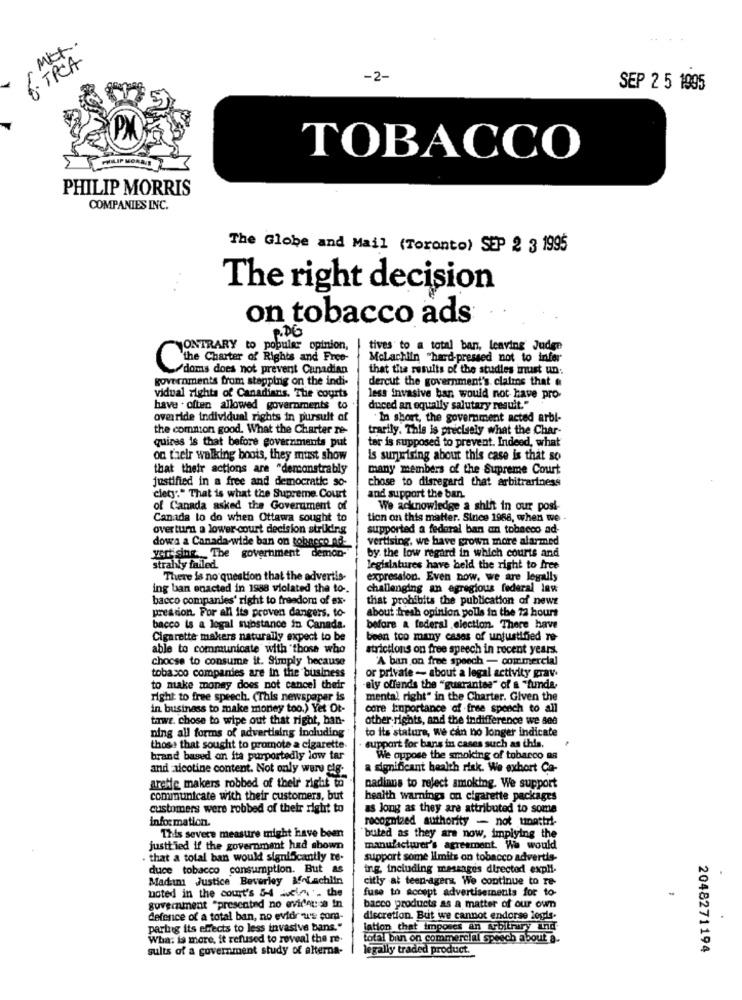
. .
Met.
· TPCA
-2-
SEP 2 5 1995
TOBACCO
5
PHILIP MORRIS
COMPANIES INC.
The Globe and Mail (Toronto) SEP 2 3 1995
The right decision
on tobacco ads
P.D6
JONTRARY to popular opinion,
tives to a total ban, leaving Judge
Malachiin "hard-pressed not to infer
the Charter of Rights and Free-
doms does not prevent Cunadian
that the results of the studies must un:
governments from stapping on the indi-
dercut the government's claims that &
vidual rights of Canadians. The courts
less invasive bar, would not have pro-
have . often allowed governments to
duced an equally salutary result."
override individual rights in pursuit of
In short, the government acted arbl-
the common good. What the Charter re-
trarily. This is precisely what the Char-
ter is supposed to prevent. Indeed, what
quires is that before governments put
on their walking boots, they must show
is surprising about this case is that so
that their actions are "demonstrably
many members of the Supreme Court
justified in a free and democratic so-
chose to disregard that arbitrariness
clety:" That is what the Supreme Court
and support the ban.
of Canada asked the Government of
We acknowledge a shift in our posi-
Canada to do when Ottawa sought to
tion on this matter. Since 1988, when we .
overturn a lower court decision strikding
supported a federal ban an tobacco ad-
dowa a Canada-wide ban on tobacco nd-
vertising, we have grown more alarmed
yer sing.The government demon-
by. the low regard in which courts and
strably failed.
legislatures have held the right to free
There is no question that the advertis-
expression. Even now, we are legally
ing ban enacted in 1988 violated the to-
challenging an egregious federal law
bacco companies' right to freedom of ex-
that prohibits the publication of newe
pression. For all its proven dangers, to
about fresh opinion polls in the 72 hours
bacco is a logal substance in Canada.
before a federal election. There have
Cigarette makers naturally expect to be
been too many cases of unjustified re-
able to communicate with those who
strictions on free speech in recent years.
"A ban on free spooch - commercial
chocse to consume it. Simply because
tobacco companies are in the business
or private - about a legal activity grav.
to make money does not cancel their
ely offends the "guarantee" of a "funda,
right to free speech. (This newspaper is
mental right" in the Charter. Given the
in business to make money too.) Yet Ot-
core Importance of free sponch to all
tarwe. chose to wipe out that right, ban-
other rights, and the indifference we see
to its stature, we can no longer indicate
ning all forms of advertising including
those that sought to promote a cigarette.
support for bans in cases such as this.
brand based on ita purportedly low tar
We oppose the smoking of tobacco as
and :nicotine content. Not only wars cle-
a significant health risk. We exhort Ca-
arete makers robbed of their right to
nadinns to reject smoking. We support
communicate with their customers, but
health warnings on cigarette packages
customers were robbed of their right to
as long as they are attributed to some
information.
recognized authority - not unattri-
This severe measure might have been
buted as they are now, implying the
justtied if the government had abown
manufacturer's agreement. We would
that a total ban would significantly te-
support some limits on tobacco advertis-
duce tobacco consumption. But as
ing. including messages directed expli-
Madını Justice Beverley Malachiin
citty at teen-agers. We continue to re-
fuse to accept advertisements for to-
-
noted in the count's 5-4 juin - the
government "presented no evidousa in
bacco products as a matter of our own
defence of a total ban, no evidr u's com-
discretion. But we cannot endorse logis-
partug its effects to less invasive bans."
lation that imposes an Arbitrary and
Wha: is more, it refused to reveal the re-
total bin on commercial speech about a.
sults of a government study of alterna-
legally traded product.
2048271194